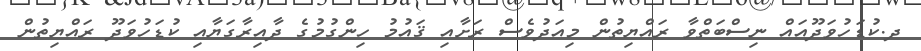
ދ.ކުޑަހުވަދޫއައް ނިސްބަތްވާ ރައްޔިތުން މިއަދުވެސް ރަށާއި ޤައުމު ހިންގުމުގެ ދާއިރާގަޔާއި ކުޑަހުވަދޫ ރައްޔިތުން